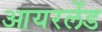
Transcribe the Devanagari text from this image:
आयरलेंड